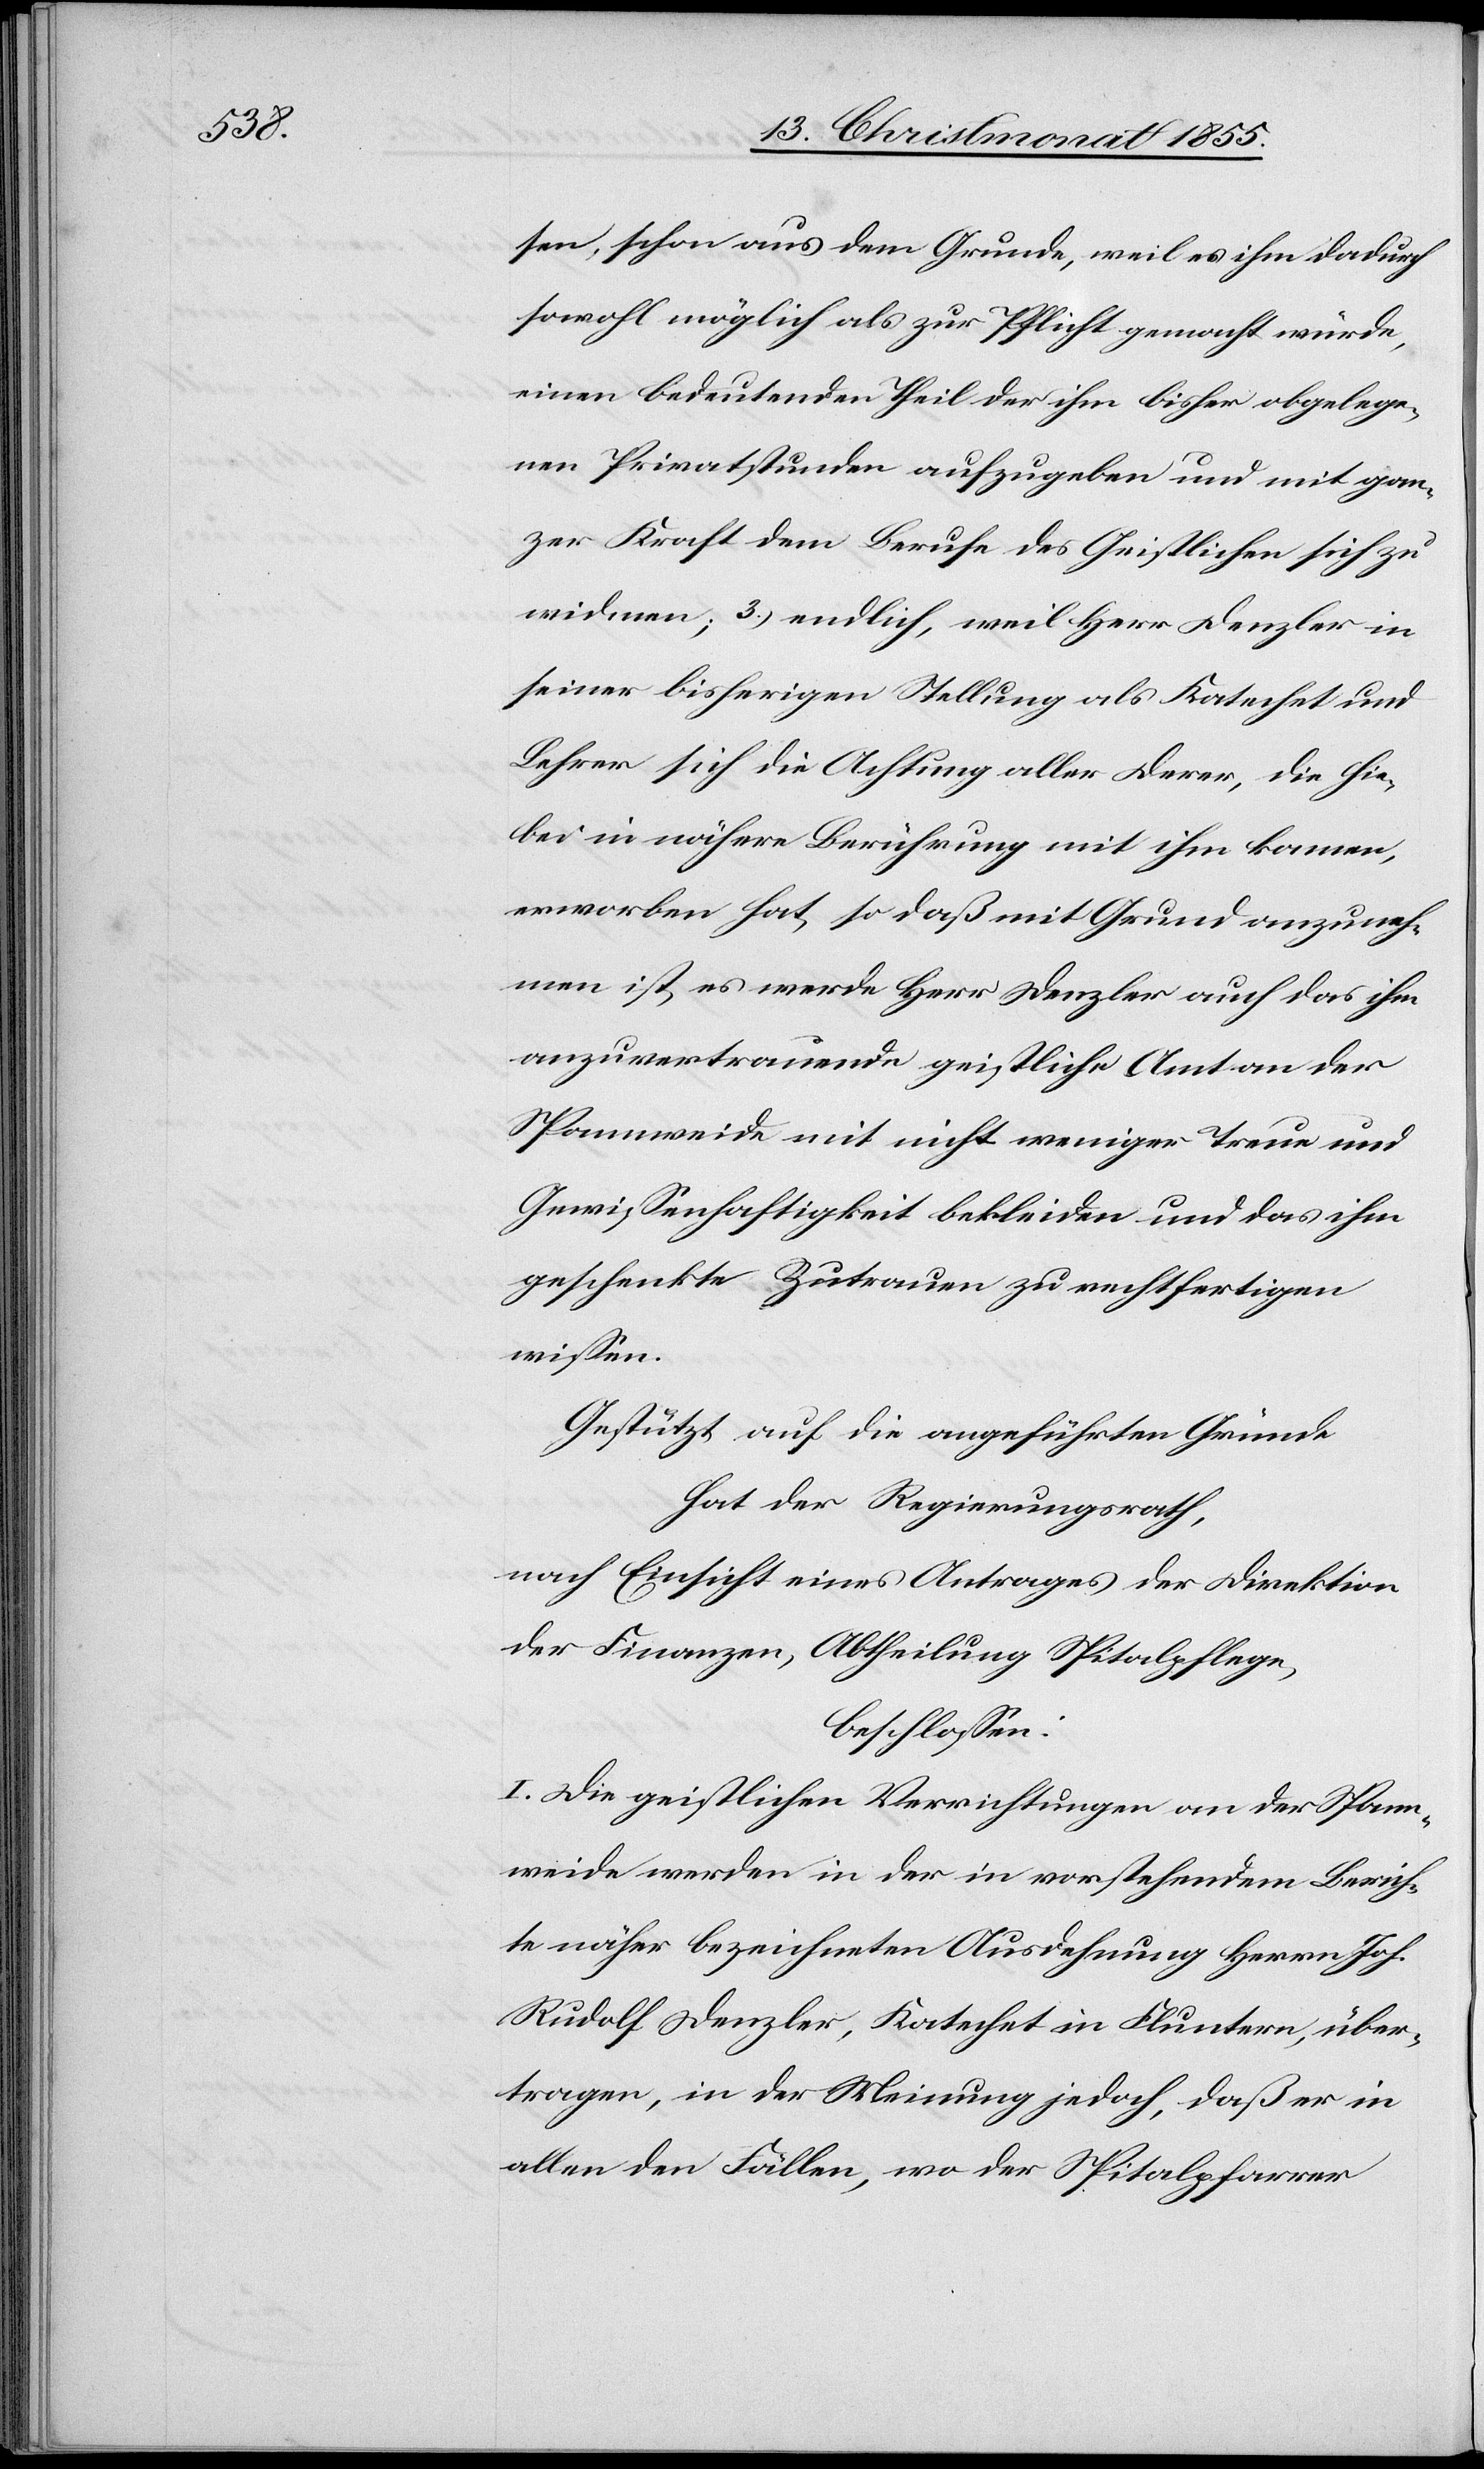
sen, schon aus dem Grunde, weil es ihm dadurch
sowohl möglich als zur Pflicht gemacht würde,
einen bedeutenden Theil der ihm bisher obgelege¬
nen Privatstunden aufzugeben und mit gan¬
zer Kraft dem Berufe des Geistlichen sich zu
widmen; 3.) endlich, weil Herr Denzler in
seiner bisherigen Stellung als Katechet und
Lehrer sich die Achtung aller Derer, die hie¬
bei in nähere Berührung mit ihm kamen,
erworben hat, so daß mit Grund anzuneh¬
men ist, es werde Herr Denzler auch das ihm
anzuvertrauende geistliche Amt an der
Spannweide mit nicht weniger Treue und
Gewissenhaftigkeit bekleiden und das ihm
geschenkte Zutrauen zu rechtfertigen
wissen.
Gestützt auf die angeführten Gründe
hat der Regierungsrath,
nach Einsicht eines Antrages der Direktion
der Finanzen, Abtheilung Spitalpflege,
beschlossen:
I. Die geistlichen Verrichtungen an der Spann¬
weide werden in der in vorstehendem Berich¬
te näher bezeichneten Ausdehnung Herrn Joh:
Rudolf Denzler, Katechet in Fluntern, über¬
tragen, in der Meinung jedoch, daß er in
allen den Fällen, wo der Spitalpfarrer